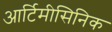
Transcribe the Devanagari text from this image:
आर्टिमीसिनिक